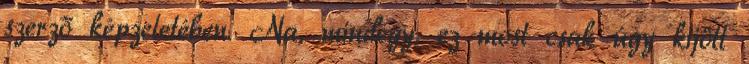
szerző képzeletében. Na, mindegy, ez most csak úgy kijött